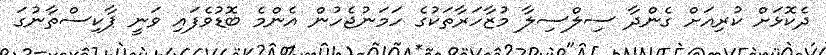
ދެކޮޅަށް ކުރިއަށް ގެންދާ ސިލްސިލާ މުޒާހަރާތަކުގެ ހަމަނުޖެހުން އެންމެ ބޮޑުވެފައި ވަނީ ޕާކިސްތާނުގަ